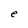
Character: e